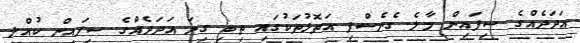
އަދަދެއްގެ ސިފައިން މާލެ ގެނެސްފި އަތޮޅުތަކުގައި ތިބި ގިނަ އަދަދެއްގެ ސިފައިން ކުއްލި